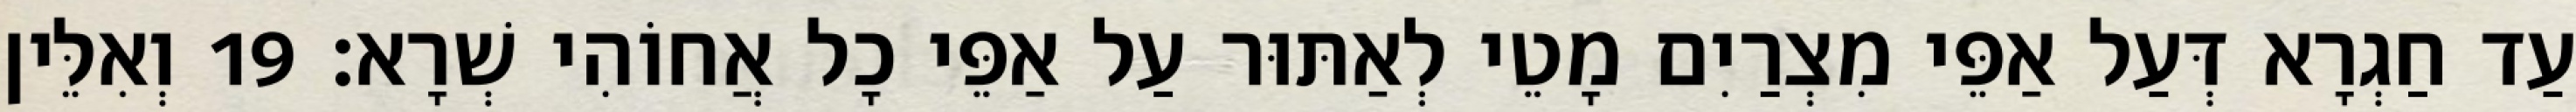
עַד חַגְרָא דְּעַל אַפֵּי מִצְרַיִם מָטֵי לְאַתּוּר עַל אַפֵּי כָל אֲחוֹהִי שְׁרָא׃ 19 וְאִלֵּין